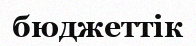
бюджеттік